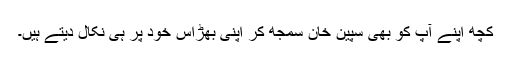
کچھ اپنے آپ کو بھی سپین خان سمجھ کر اپنی بھڑاس خود پر ہی نکال دیتے ہیں۔